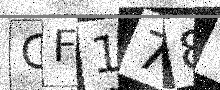
Text: GF178T